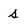
Character: s